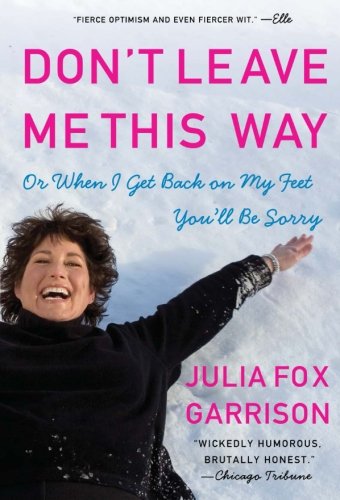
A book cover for Don't Leave Me This Way: Or When I Get Back on My Feet You'll Be Sorry; Julia Fox Garrison; Health, Fitness & Dieting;